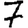
Digit: 7